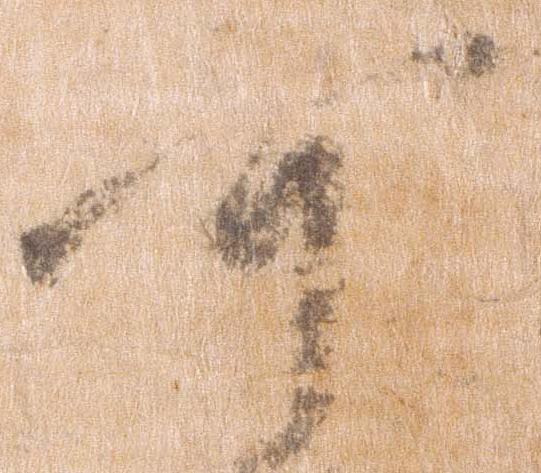
可